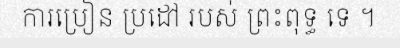
ការប្រៀន ប្រដៅ របស់ ព្រះពុទ្ធ ទេ ។